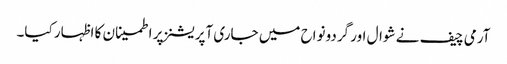
آرمی چیف نے شوال اور گردونواح میں جاری آپریشنز پر اطمینان کا اظہار کیا۔